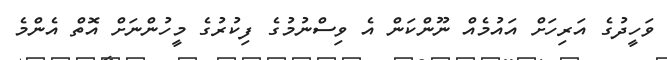
ވަހީދުގެ އަރިހަށް އައުމެއް ނޫންކަން އެ ވިސްނުމުގެ ފިކުރުގެ މީހުންނަށް އޮތް އެންމެ